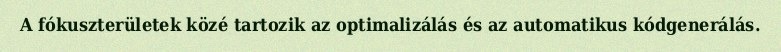
A fókuszterületek közé tartozik az optimalizálás és az automatikus kódgenerálás.